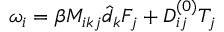
\omega _ { i } = \beta M _ { i k j } \hat { d } _ { k } F _ { j } + D _ { i j } ^ { ( 0 ) } T _ { j }